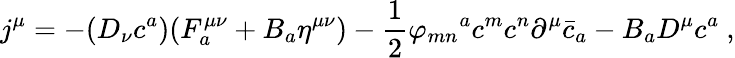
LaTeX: j^{\mu}=-(D_{\nu}c^{a})(F_{a}^{\mu\nu}+B_{a}\eta^{\mu\nu})-\frac{1}{2}{\varphi_{mn}}^{a}c^{m}c^{n}\partial^{\mu}{\bar{c}}_{a}-B_{a}D^{\mu}c^{a}~,